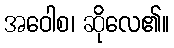
အဝေါစ၊ ဆိုလေ၏။